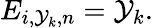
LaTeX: E_{i,\mathcal{Y}_{k},n}=\mathcal{Y}_{k}.